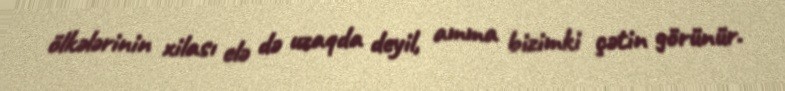
ölkələrinin xilası elə də uzaqda deyil, amma bizimki çətin görünür.